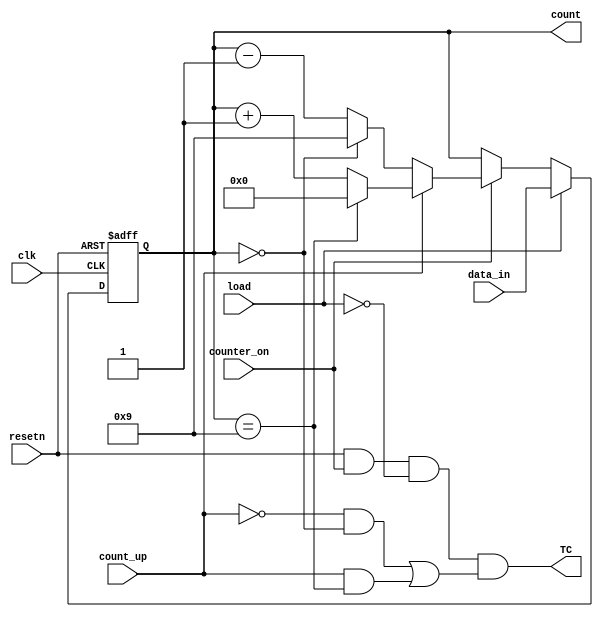
module decade_counter(
	input count_up,
	input load,
	input resetn,
	input counter_on,
	input [3:0]data_in,
	input clk,
	output reg [3:0]count,
	output TC
);

	always @(negedge resetn or posedge clk)
	begin
		if(~resetn)
			count <= 4'b0000;
		else if(load)
			count <= data_in;
		else if(counter_on)
		begin
			if(count_up)
				if(count == 9)
					count <= 0;
				else
					count <= count + 1;
			else
				if(count == 0)
					count <= 9;
				else
					count <= count - 1;
		end
		else
			count <= count;
	end
	
	assign TC = (resetn) && (counter_on) && (~load) && ((~count_up && count == 4'b0000) || (count_up && count == 4'b1001));
	
endmodule